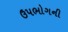
ઉપભોગની